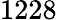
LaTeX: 1228